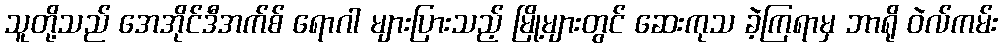
သူတို့သည် အေအိုင်ဒီအက်စ် ရောဂါ များပြားသည့် မြို့များတွင် ဆေးကုသ ခဲ့ကြရာမှ ဘာရို ဝဲလ်ကမ်း